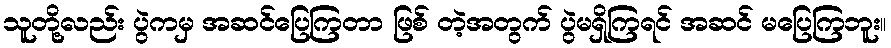
သူတို့လည်း ပွဲကမှ အဆင်ပြေကြတာ ဖြစ် တဲ့အတွက် ပွဲမရှိကြရင် အဆင် မပြေကြဘူး။